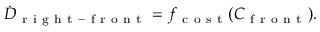
\dot { D } _ { \mathrm { ~ r ~ i ~ g ~ h ~ t ~ - ~ f ~ r ~ o ~ n ~ t ~ } } = f _ { \mathrm { ~ c ~ o ~ s ~ t ~ } } ( C _ { \mathrm { ~ f ~ r ~ o ~ n ~ t ~ } } ) .